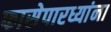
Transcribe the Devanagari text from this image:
फासेपारध्यांना